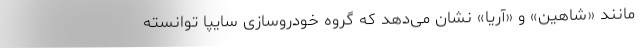
مانند «شاهین» و «آریا» نشان می‌دهد که گروه خودروسازی سایپا توانسته